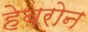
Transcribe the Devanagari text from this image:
हेबरोन